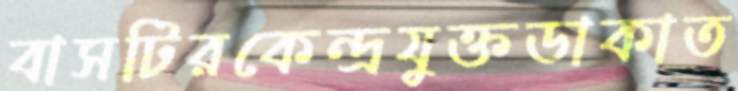
বাসটিরকেন্দ্রযুক্তডাকাত